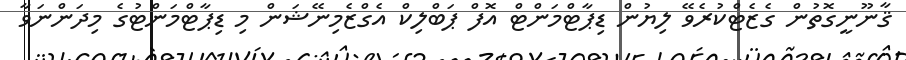
ޤާނޫނީގޮތުން ގެޒެޓްކުރެވޭ ލިޔުން ޑިޕާޓްމަންޓް އޮފް ޕަބްލިކް އެގްޒެމިނޭޝަން މި ޑިޕާޓްމަންޓުގެ މިދަންނަވާ